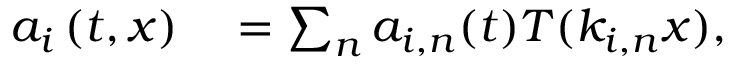
\begin{array} { r l } { a _ { i } \left( t , x \right) } & { { } = \sum _ { n } a _ { i , n } ( t ) T ( k _ { i , n } x ) , } \end{array}